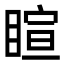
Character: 睻